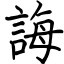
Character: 誨